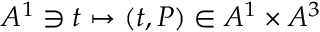
A ^ { 1 } \ni t \mapsto ( t , P ) \in A ^ { 1 } \times A ^ { 3 }